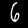
Digit: 6